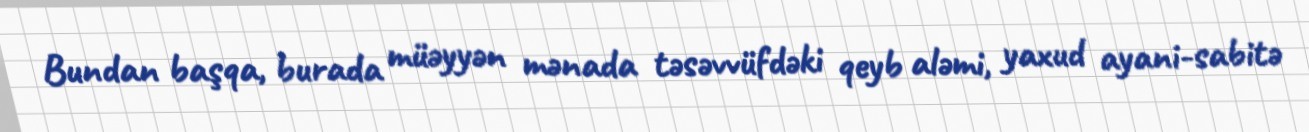
Bundan başqa, burada müəyyən mənada təsəvvüfdəki qeyb aləmi, yaxud ayani-sabitə